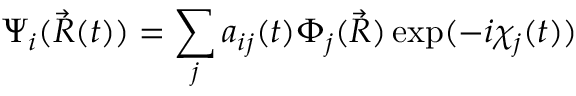
\Psi _ { i } ( \vec { R } ( t ) ) = \sum _ { j } a _ { i j } ( t ) \Phi _ { j } ( \vec { R } ) \exp ( - i \chi _ { j } ( t ) )